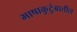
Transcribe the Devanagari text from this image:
भाषाकुटुंबातील